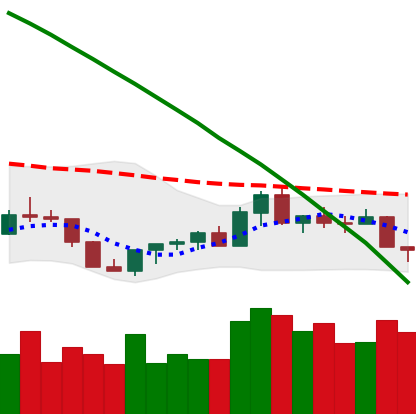
Ticker: XLM-USD
Chart end date: 2022-07-26
Forward return: 11.688%
Label: up_7plus